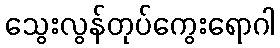
သွေးလွန်တုပ်ကွေးရောဂါ